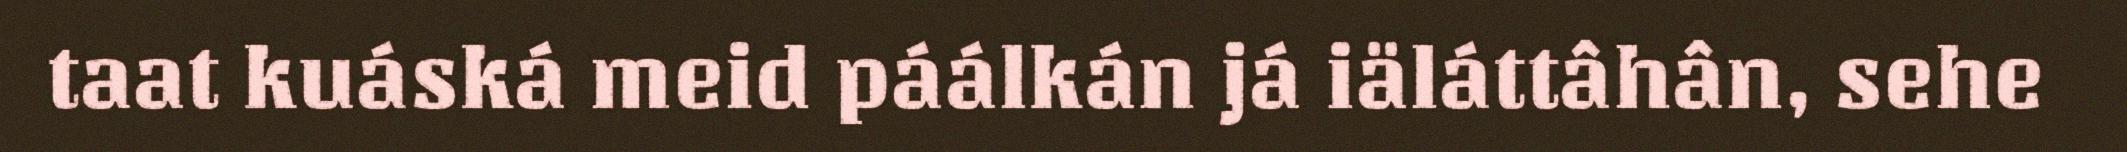
taat kuáská meid páálkán já iäláttâhân, sehe